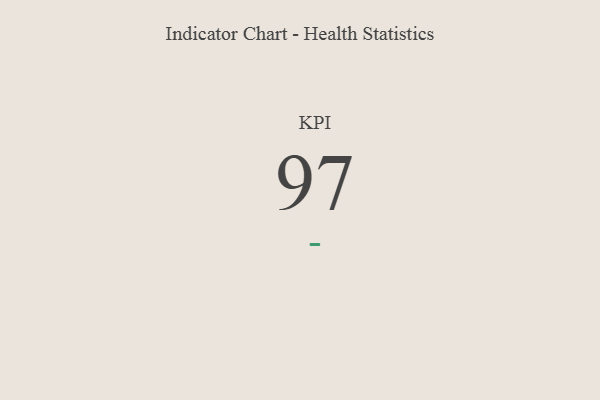
{"axis": {"x": "KPI", "y": "Value"}, "legend": [""], "data": [{"x": "KPI", "y": 97, "type": ""}]}